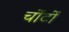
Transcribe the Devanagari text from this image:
चोंटों